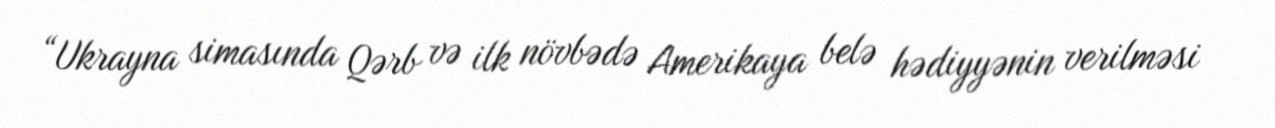
“Ukrayna simasında Qərb və ilk növbədə Amerikaya belə hədiyyənin verilməsi